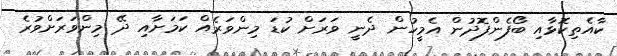
ކާއެތިކޮޅާއި ބޯފެންފޮދުން އެމީހުން ދެނީ ވަރަށް ކުޑަ މިންވަރެއް ކަމަށާއި ދޭ މިންވަރަށްވުރެ